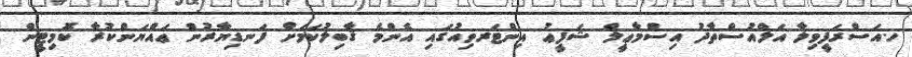
ހ.އަސްރަފީވިލާ އަލްއުސްތާޛު އިސްމާޢީލް ޝަފީޢު އިންޓަރވިއުގައި އެންމެ ޤާބިލުކަމަށް ފަނޑިޔާރުން ޢައްޔަންކުރާ ކޮމިޓީން